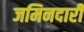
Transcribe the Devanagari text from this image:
जमिनदारी